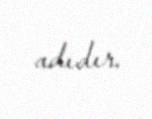
adıdır.